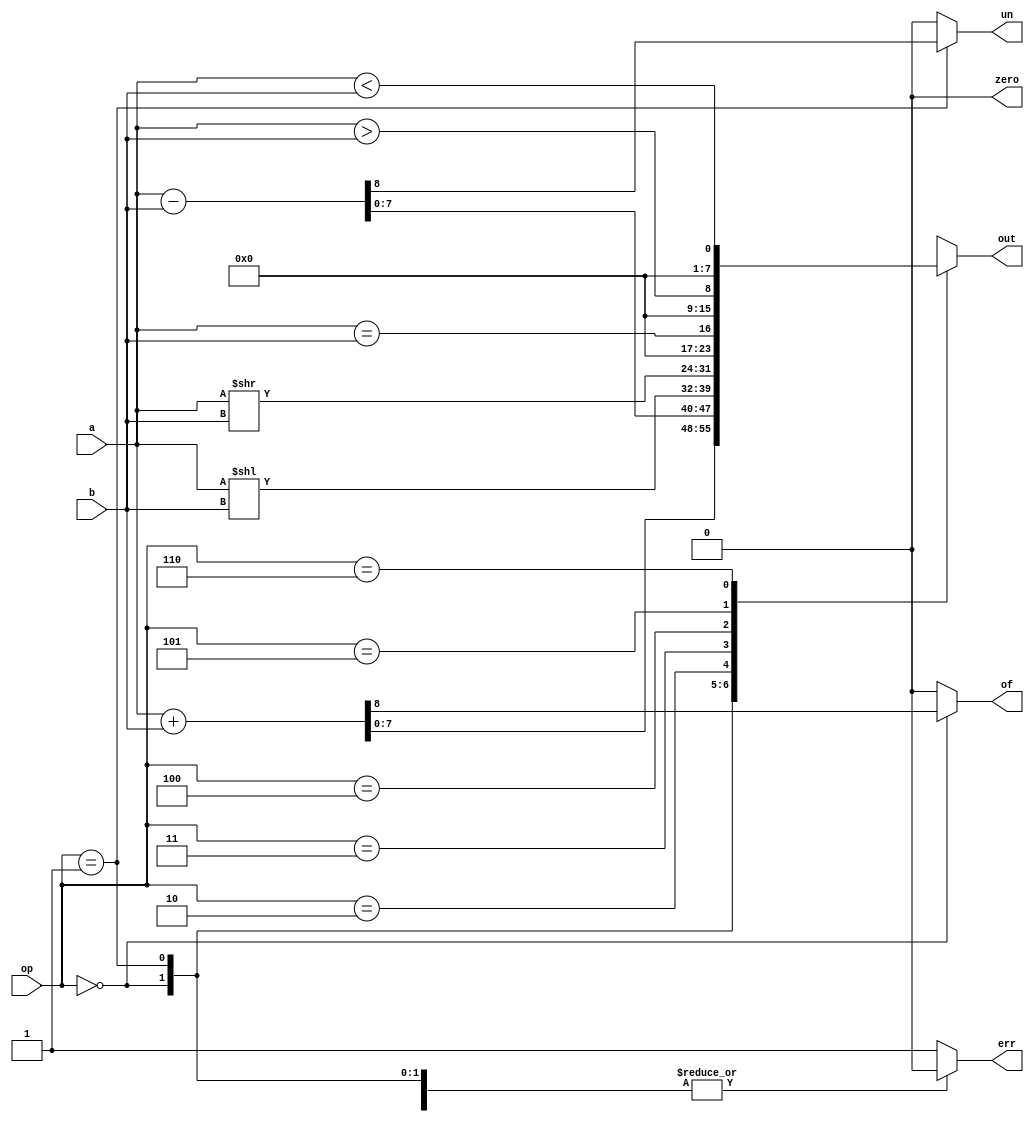
`timescale 1ns / 1ps


// behavioral
module aluOp #(parameter size=8)(a, b, op, out, of, un, err, zero);
    input [size-1:0] a, b;
    input [3:0] op;
    output reg of, un, err, zero;
    output reg [size-1:0] out;
    
    always @(a or b or op) begin
        of = 0; un = 0; zero = 0; err = 0;
        case(op)
            4'b0000: {of, out} = a + b;
            4'b0001: {un, out} = a - b;
            4'b0010: out = a << b;
            4'b0011: out = a >> b;
            4'b0100: out = a == b;
            4'b0101: out = a > b; 
            4'b0110: out = a < b;
            default: begin err = 1; out = {size{1'bx}}; end
         endcase
      end
         
        always @(a or b or op) begin
        case(op)
            4'b0100, 4'b0101, 4'b0110:
                 if(!out)
                    zero = 1;
         endcase
         end

endmodule